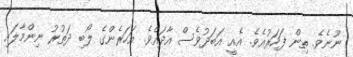
ނޫނެވެ. ތިން ފަހަރުއެވެ. އެއީ އަބަދުވެސް އާދައެވެ. އަހަރެންގެ ލޯބި ދަތުރު ނިންމާލައި